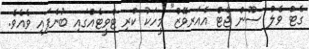
ގެޓް ވެލް ސޫން ޖެޓް އެއަރވޭޒް" މީހަކު ކްރި ޓްވީޓެއްގައި ބުނެފައި ވެއެވެ.